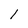
Character: l